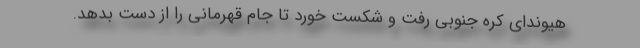
هیوندای کره جنوبی رفت و شکست خورد تا جام قهرمانی را از دست بدهد.